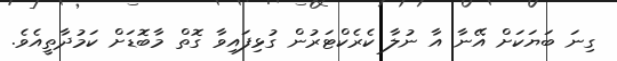
ގިނަ ބަޔަކަށް އޭނާ އާ ނުލާ ކެރެކްޓަރުން ގުޅިފައިވާ ގޮތް މާބޮޑަށް ކަމުދާތީއެވެ.